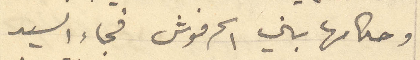
وحكامها بني الحرفوش فجاء السيد